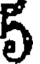
5